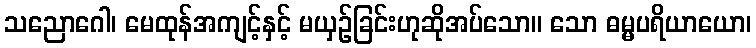
သညောဂေါ၊ မေထုန်အကျင့်နှင့် မယှဉ်ခြင်းဟုဆိုအပ်သော။ သော ဓမ္မပရိယာယော၊